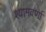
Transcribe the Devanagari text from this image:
श्यामवर्णां